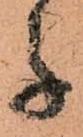
子